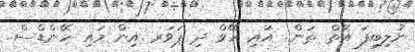
ނުލިބިފަ އޮތް ތަން.. އައި ހޭވް ދި ޕަވަރ އިން މައި ހޭންޑްސް..